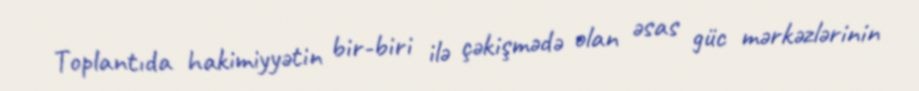
Toplantıda hakimiyyətin bir-biri ilə çəkişmədə olan əsas güc mərkəzlərinin